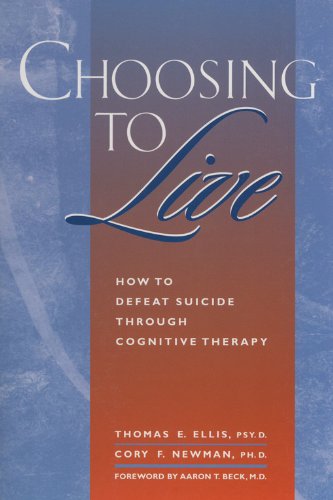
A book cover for Choosing to Live: How to Defeat Suicide Through Cognitive Therapy; Thomas E. Ellis; Self-Help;